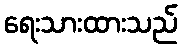
ရေးသားထားသည်